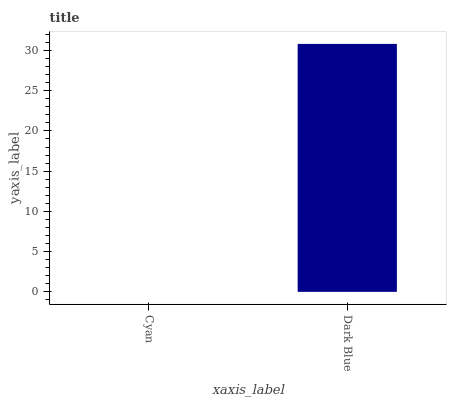
| xaxis_label | bars |
 | --- | --- |
 | Cyan | 0 |
 | Dark Blue | 30.8 |